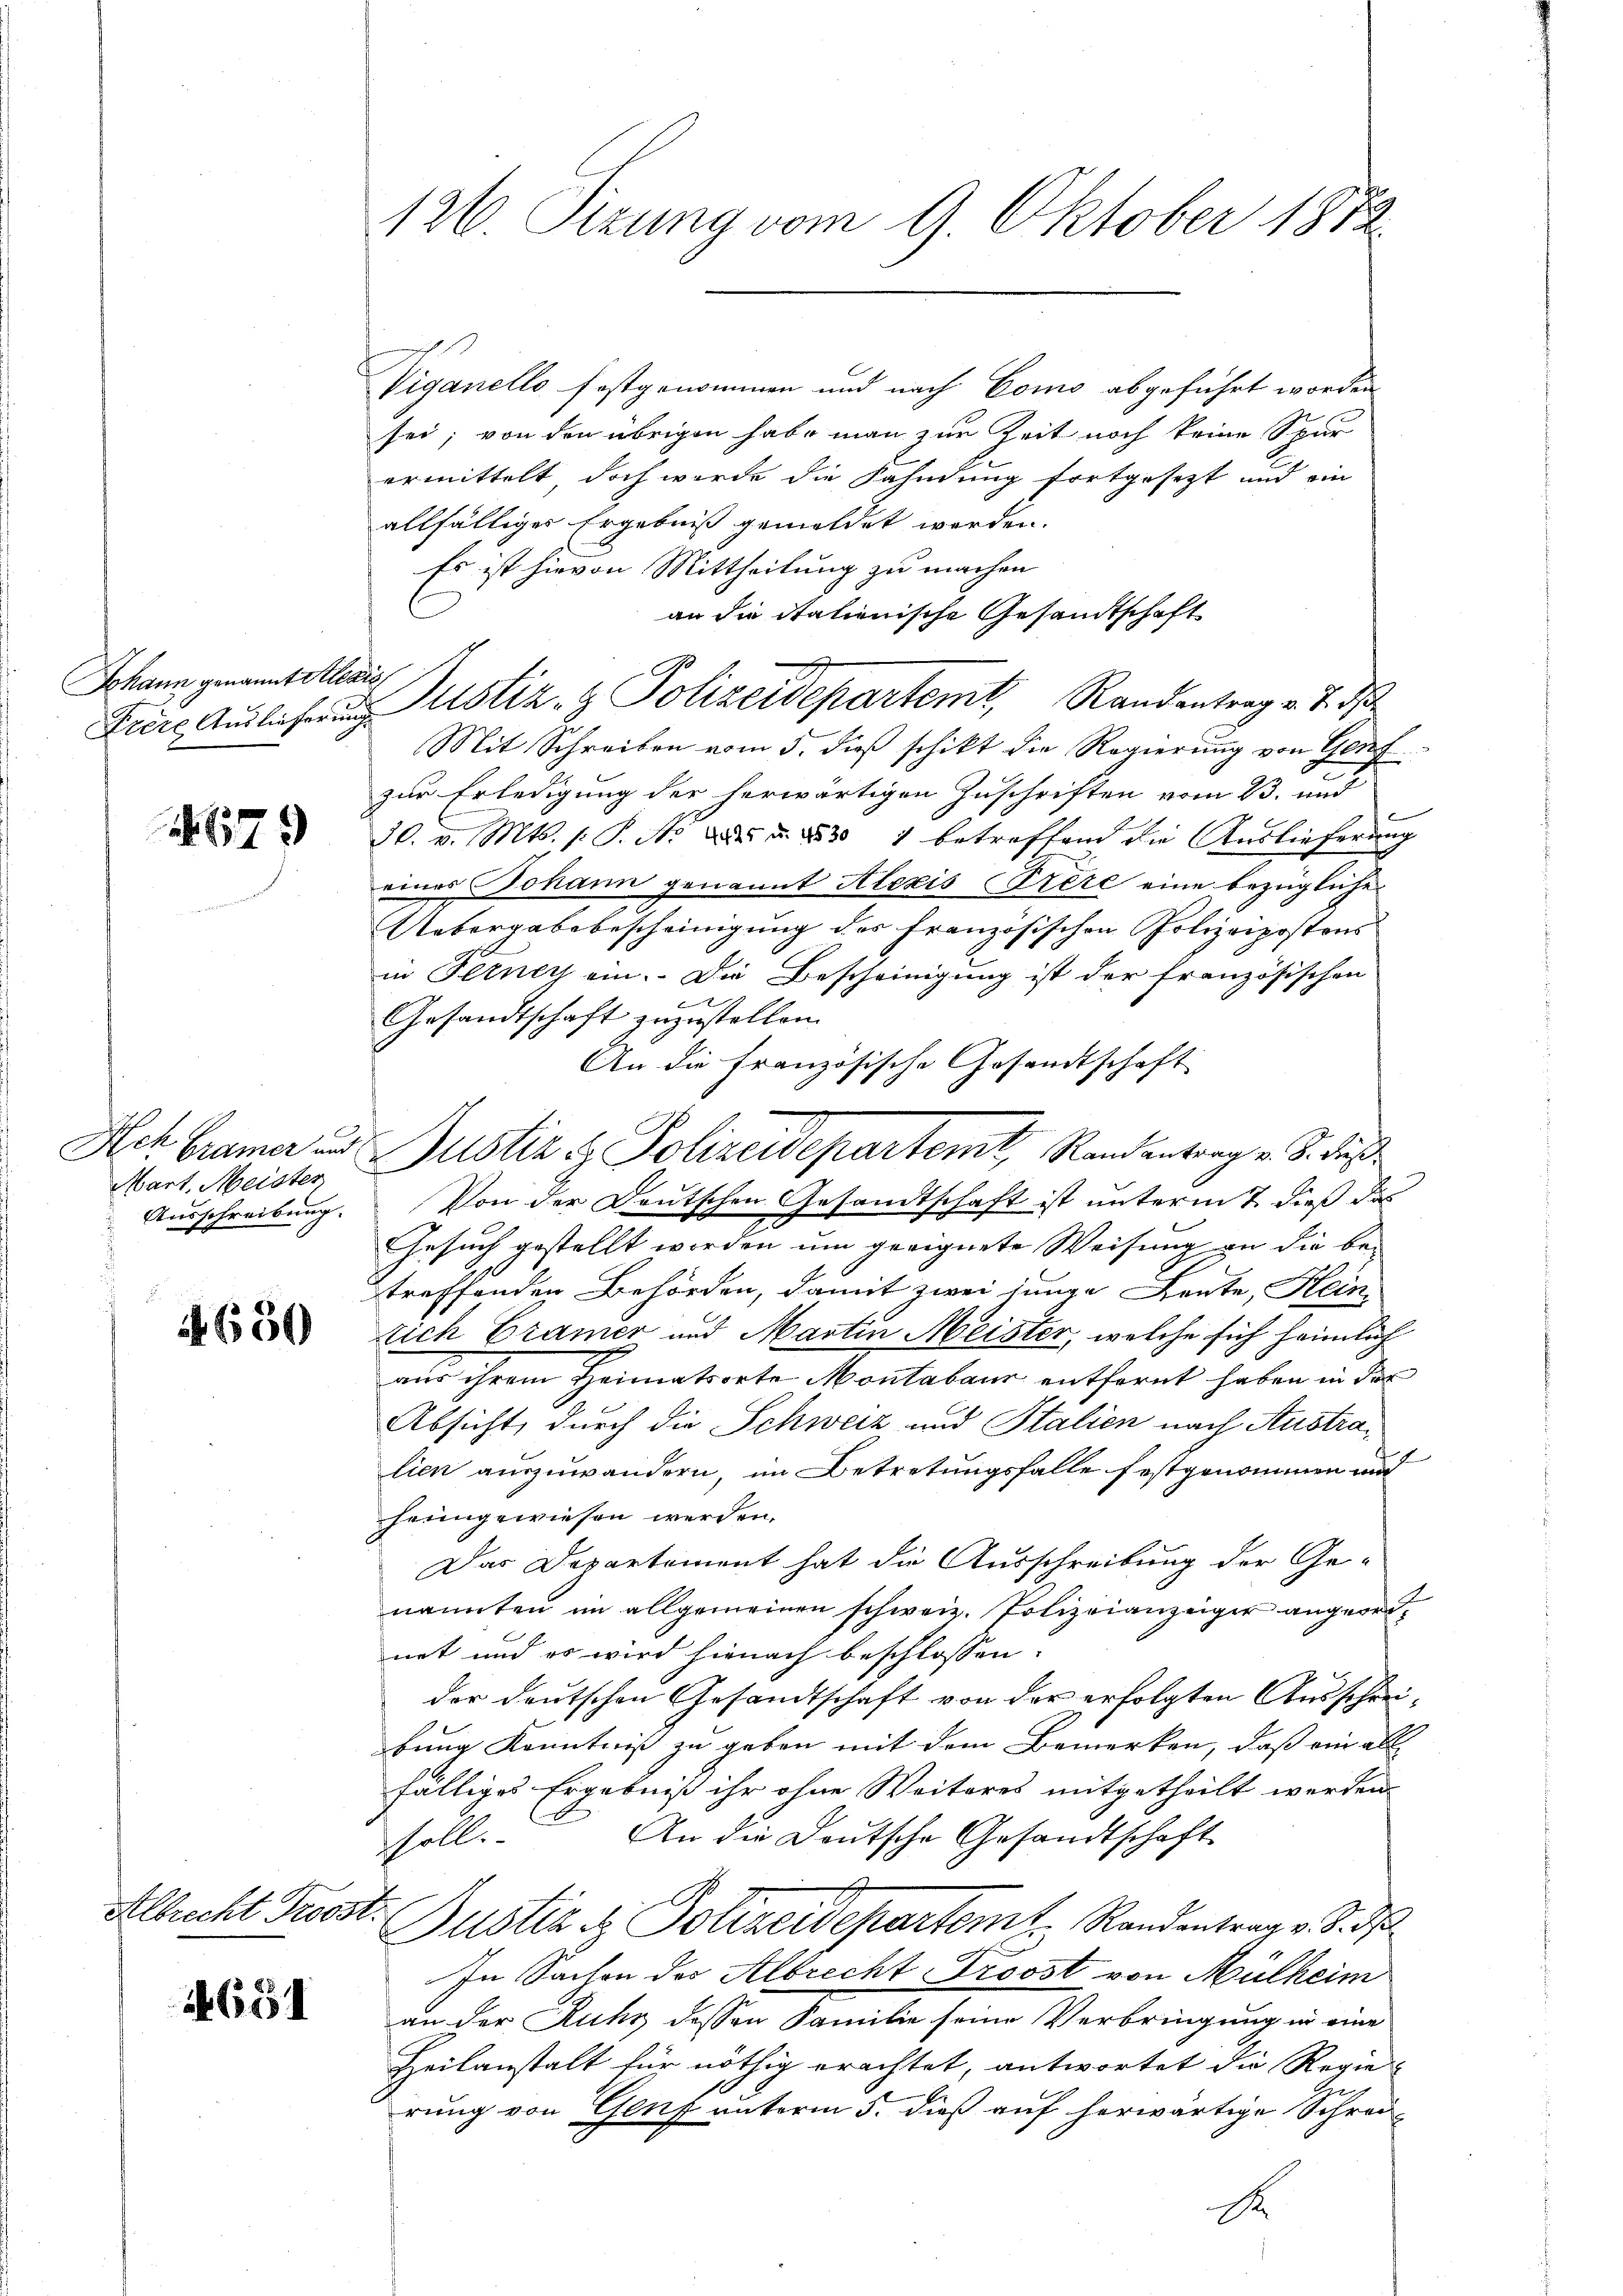
Johann genannt Alexi
Frere Auslieferung

679

Ach Gramer und
Mart, Meister
Ausschreibung.

4650

Albrecht Trosst.

651

126 Sizung vom 9. Oktober 1872.

Viganello festgenommen und nach Como abgeführt worden
sei; von den übrigen habe man zur Zeit noch keine Spur
ermittelt doch wurde die Kahndung fortgesetzt und ein
allfälliges Ergebniß gemeldet worden.
Mit Schreiben vom 5. dieß schikt die Regierung von Genf
zur Erledigung der herwärtigen Zuschriften vom 23. und
30. v. Mts. s. P. Nr. Dr. d. 1830 1 betreffend die Auslieferung
eines Johann genannt Alexis (Frere eine bezügliche
Uebergabe bescheinigung des Französischen Polizeipostons
in Ittney ein. Die Bescheinigung ist der französischen
t
Gesandtschaft zuzustellen.
An die Französische Gesandtschaft
Justiz & Polizeidepartemt, Randantrage S. des
Von der Deutschen Gesandtschaft ist untermit dieß das
Gesuch gestellt worden um geeignete Weisung an die bei
treffenden Behörden, damit zwei junge Leute, Hein
sich Cramer und Martin Meister, welche sich heimlich
aus ihrem Heimatsorte Montabaur entfernt haben in der
Absicht, durch die Schweiz und Italien nach Australien auszuwandern, im Betretungsfalle festgenommen w
heimgewiesen werden.
Das Departement hat die Ausschreibung der Ge-
nannten im allgemeinen schweiz. Polizeianzeiger angeordnet und es wird hienach beschlossen:
der deutschen Gesandtschaft von der erfolgten Ausschreibung Kenntniß zu geben mit dem Bemerken, daß ein all
fälliges Ergebniß ihr ohne Weiteres mitgetheilt werden.
An die Deutsche Gesandtschaft
holli¬
Justiz & Polizeidepartemt. Randentrag v. J. d
In Sachen der Albrecht Proost von Mülheim
an der Ruhr dessen Familie seine Verbringung in eine
Heilanstalt für nöthig erachtet, antwortet die Regie-
rung von Genf unterm 5. dieß auf herwärtige Schrei-
A

Es ist hievon Mittheilung zu machen
an die Italienische Gesandtschaft
Justiz- & Polizeidepartemt, Randentrag v. 7. ds